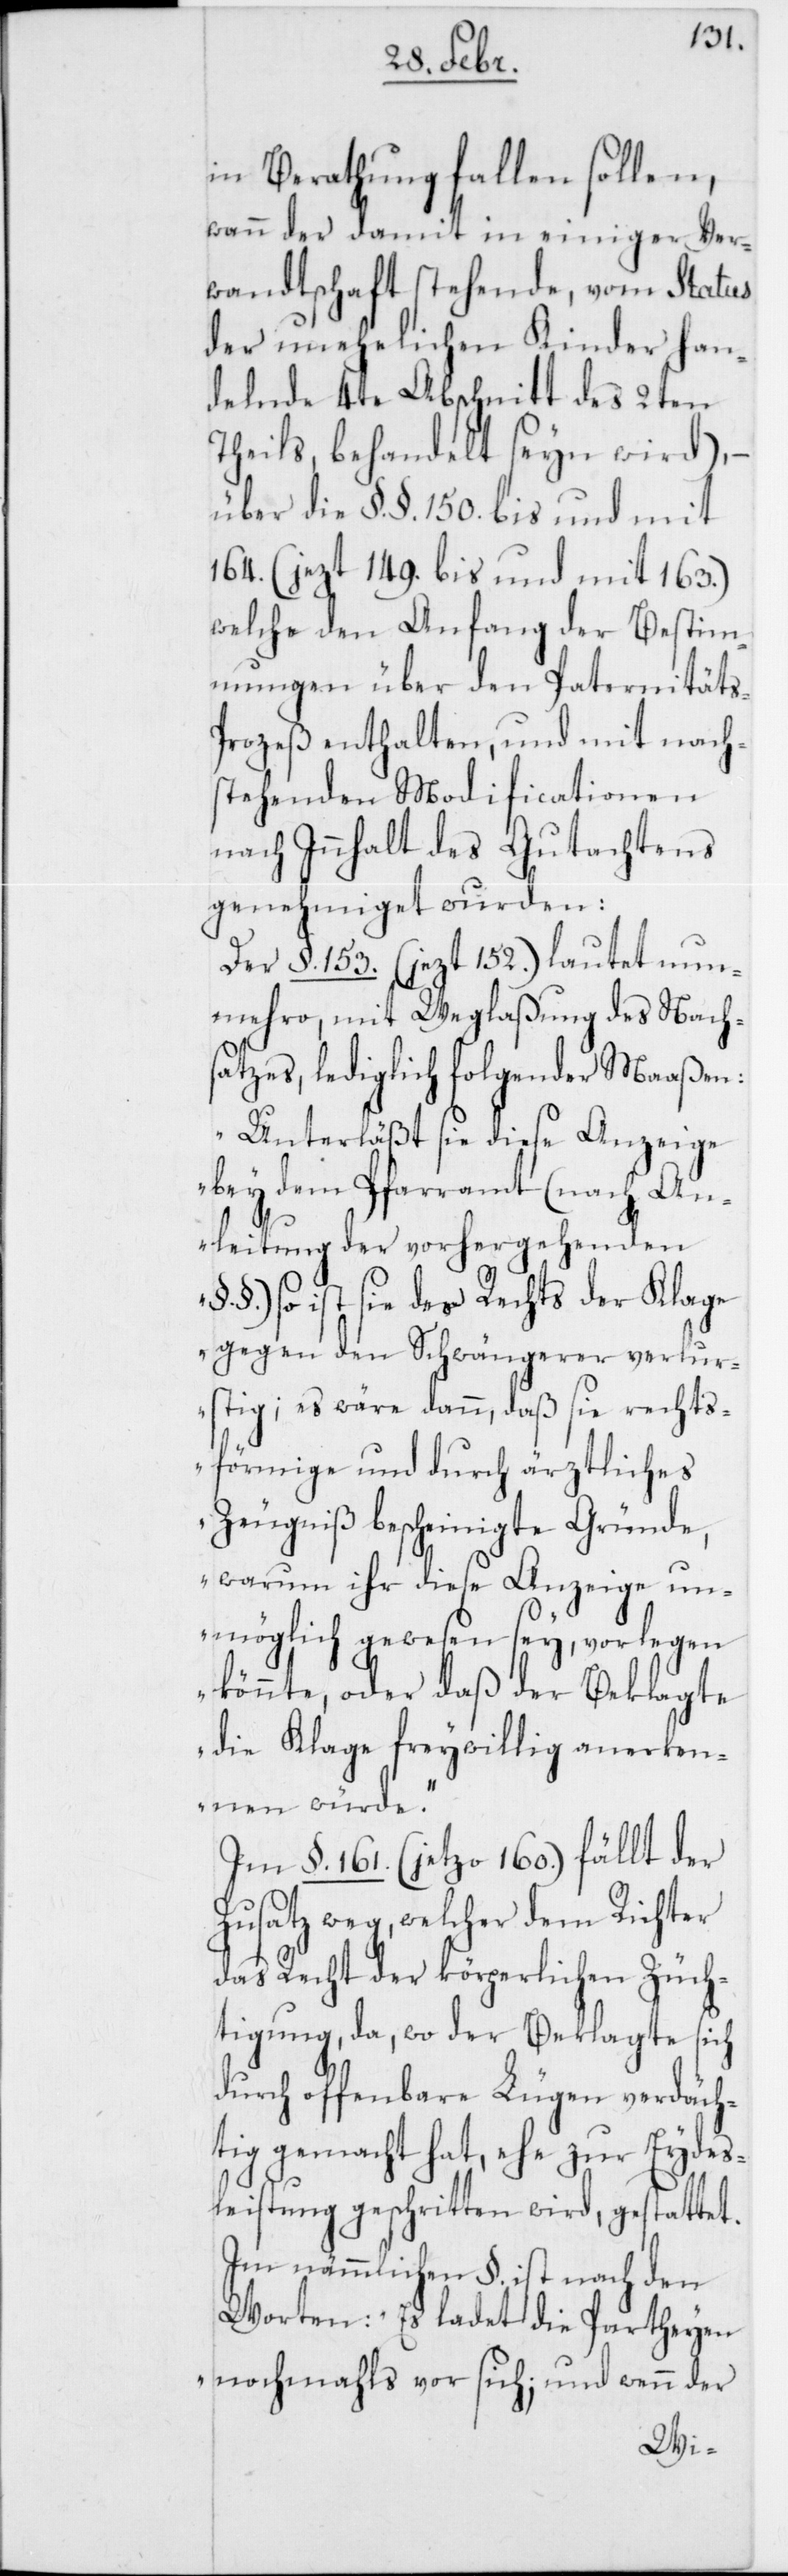
in Berathung fallen sollen,
wann der damit in einiger Ver¬
wandtschaft stehende, vom Status
der unehelichen Kinder han¬
delnde 4te Abschnitt des 2ten
Theils, behandelt seyn wird), –
über die §. §. 150. bis und mit
164. (jezt 149. bis und mit 163.),
welche den Anfang der Bestimm¬
ungen über den Paternität¬
s-Prozeß enthalten, und mit nach¬
stehenden Modificationen
nach Innhalt des Gutachtens
genehmiget wurden:
Der §. 153. (jezt 152.) lautet nun¬
mehro, mit Weglaßung des Nach¬
satzes, lediglich folgender Maaßen:
„Unterläßt sie diese Anzeige
bey dem Pfarramt (nach An¬
leitung der vorhergehenden
§.), so ist sie des Rechts der Klage
gegen den Schwängerer verlu¬
stig; es wäre dann, daß sie rechts¬
förmige und durch ärztliches
Zeugniß bescheinigte Gründe,
warum ihr diese Anzeige un¬
möglich gewesen sey, vorlegen
könnte, oder daß der Beklagte
die Klage freywillig anerken¬
nen würde.“
Im §. 161. (jetzo 160.) fällt der
Zusatz weg, welcher dem Richter
das Recht der körperlichen Züch¬
tigung, da, wo der Beklagte sich
durch offenbare Lügen verdäch¬
tig gemacht hat, ehe zur Eydes¬
leistung geschritten wird, gestattet.
Im nämmlichen §. ist nach den
Worten: „Es ladet die Parteyen
nochmahls vor sich; und wenn der